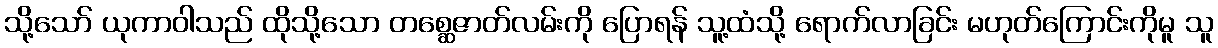
သို့သော် ယုကာဝါသည် ထိုသို့သော တစ္ဆေဇာတ်လမ်းကို ပြောရန် သူ့ထံသို့ ရောက်လာခြင်း မဟုတ်ကြောင်းကိုမူ သူ